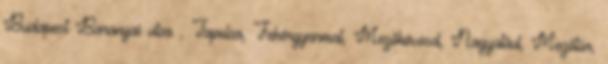
Budapest Baranyai utca , Tapolca, Fehérgyarmat, Mezőkövesd, Nagyatád, Mezőtúr,